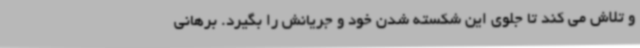
و تلاش می کند تا جلوی این شکسته شدن خود و جریانش را بگیرد. برهانی